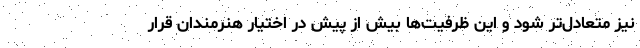
نیز متعادل‌تر شود و این ظرفیت‌ها بیش از پیش در اختیار هنرمندان قرار